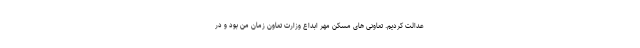
عدالت کردیم. تعاونی های مسکن مهر ابداع وزارت تعاون زمان من بود و در